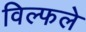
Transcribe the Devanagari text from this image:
विल्फले